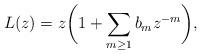
LaTeX: \begin{gather*}L(z)=z\bigg(1+\sum\limits_{m\ge1}b_mz^{-m}\bigg),\end{gather*}